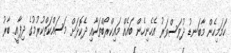
ހަމަމިހެން މާބަނޑު ދުވަސްވަރު އެހެނިހެން ބައެއް މައިކްރޯބްތަކާއި ދެކޮޅަށް މަސައްކަތްކުރުމުގެ ދިފާއީ ބާރު